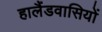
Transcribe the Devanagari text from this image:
हालैंडवासियों